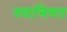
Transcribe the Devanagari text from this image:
स्वाभिमत